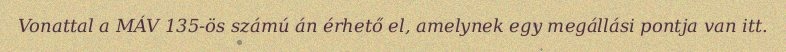
Vonattal a MÁV 135-ös számú án érhető el, amelynek egy megállási pontja van itt.